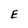
Character: E